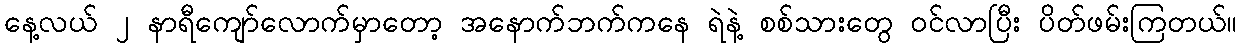
နေ့လယ် ၂ နာရီကျော်လောက်မှာတော့ အနောက်ဘက်ကနေ ရဲနဲ့ စစ်သားတွေ ဝင်လာပြီး ပိတ်ဖမ်းကြတယ်။